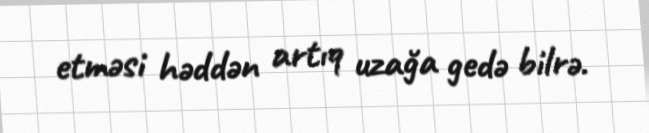
etməsi həddən artıq uzağa gedə bilrə.